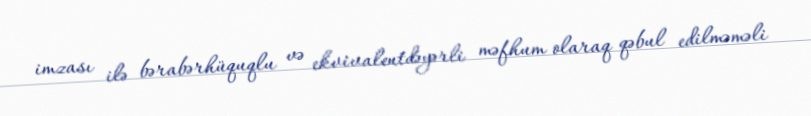
imzası ilə bərabərhüquqlu və ekvivalentdəyərli məfhum olaraq qəbul edilməməli